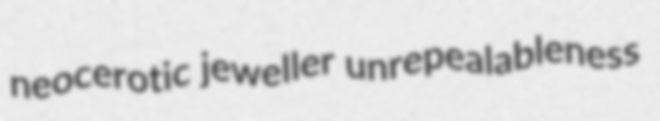
neocerotic jeweller unrepealableness